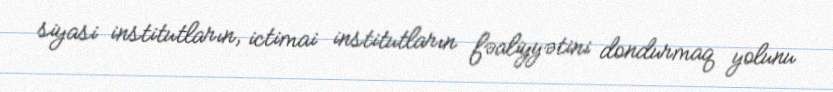
siyasi institutların, ictimai institutların fəaliyyətini dondurmaq yolunu